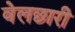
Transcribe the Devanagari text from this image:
वेलछारी